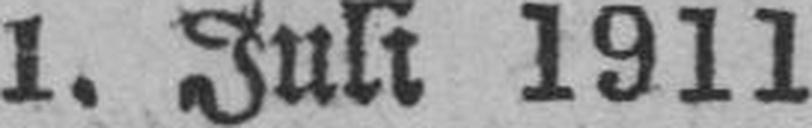
1. Juli 1911